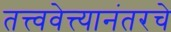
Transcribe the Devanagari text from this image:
तत्त्ववेत्त्यानंतरचे